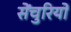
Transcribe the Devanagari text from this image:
सेंचुरियों